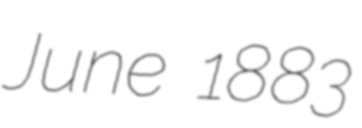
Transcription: June 1883